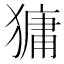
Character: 㺎